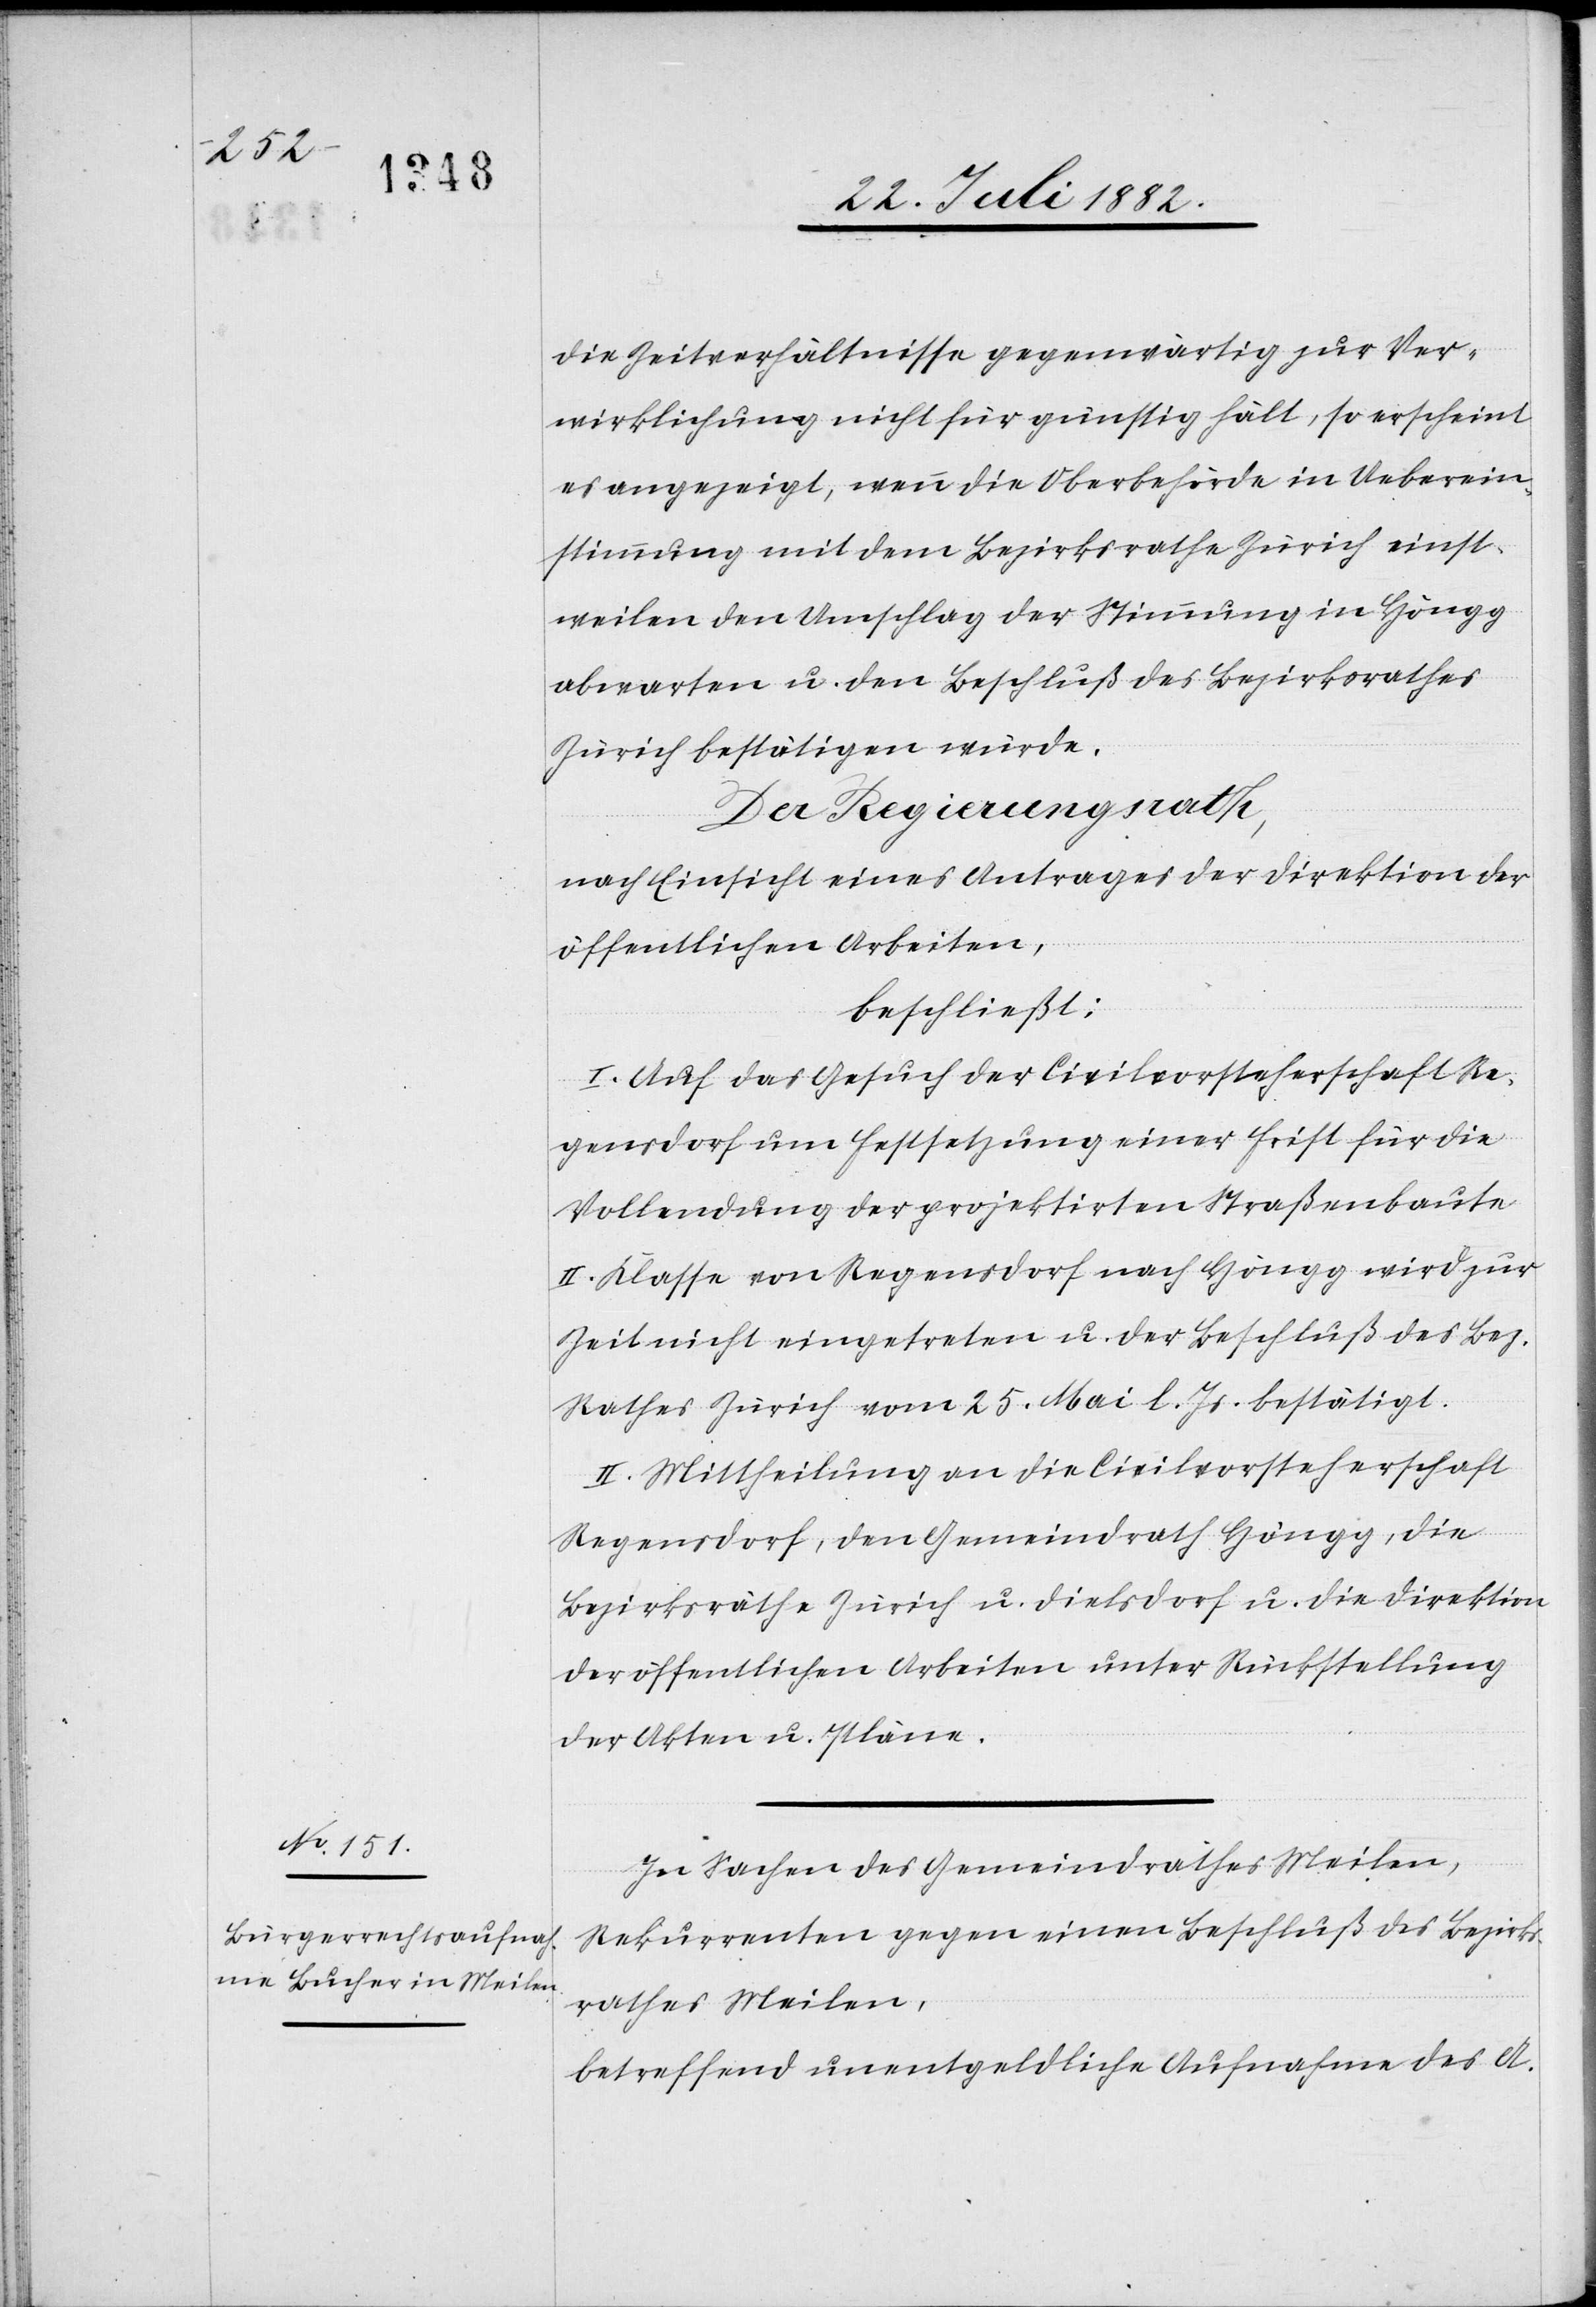
die Zeitverhältnisse gegenwärtig zur Ver¬
wirklichung nicht für günstig hält, so erscheint
es angezeigt, wenn die Oberbehörde in Ueberein¬
stimmung mit dem Bezirksrathe Zürich einst¬
weilen den Umschlag der Stimmung in Höngg
abwarten u. den Beschluß des Bezirksrathes
Der Regierungsrath,
nach Einsicht eines Antrages der Direktion der
öffentlichen Arbeiten,
beschließt:
I. Auf das Gesuch der Civilvorsteherschaft Re¬
gensdorf um Festsetzung einer Frist für die
Vollendung der projektirten Straßenbaute
II. Klasse von Regensdorf nach Höngg wird zur
Zeit nicht eingetreten u. der Beschluß des Bez.
Rathes Zürich vom 25. Mai l. Js. bestätigt.
II. Mittheilung an die Civilvorsteherschaft
Regensdorf, den Gemeindrath Höngg, die
Bezirksräthe Zürich u. Dielsdorf u. die Direktion
der öffentlichen Arbeiten unter Rückstellung
der Akten u. Pläne.
In Sachen des Gemeindrathes Meilen,
Rekurrenten gegen einen Beschluß des Bezirks¬
rathes Meilen,
betreffend unentgeldliche Aufnahme des A.